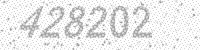
Solution: 428202